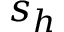
s _ { h }